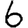
Digit: 6